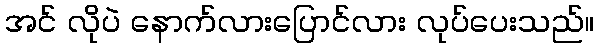
အင် လိုပဲ နောက်လားပြောင်လား လုပ်ပေးသည်။